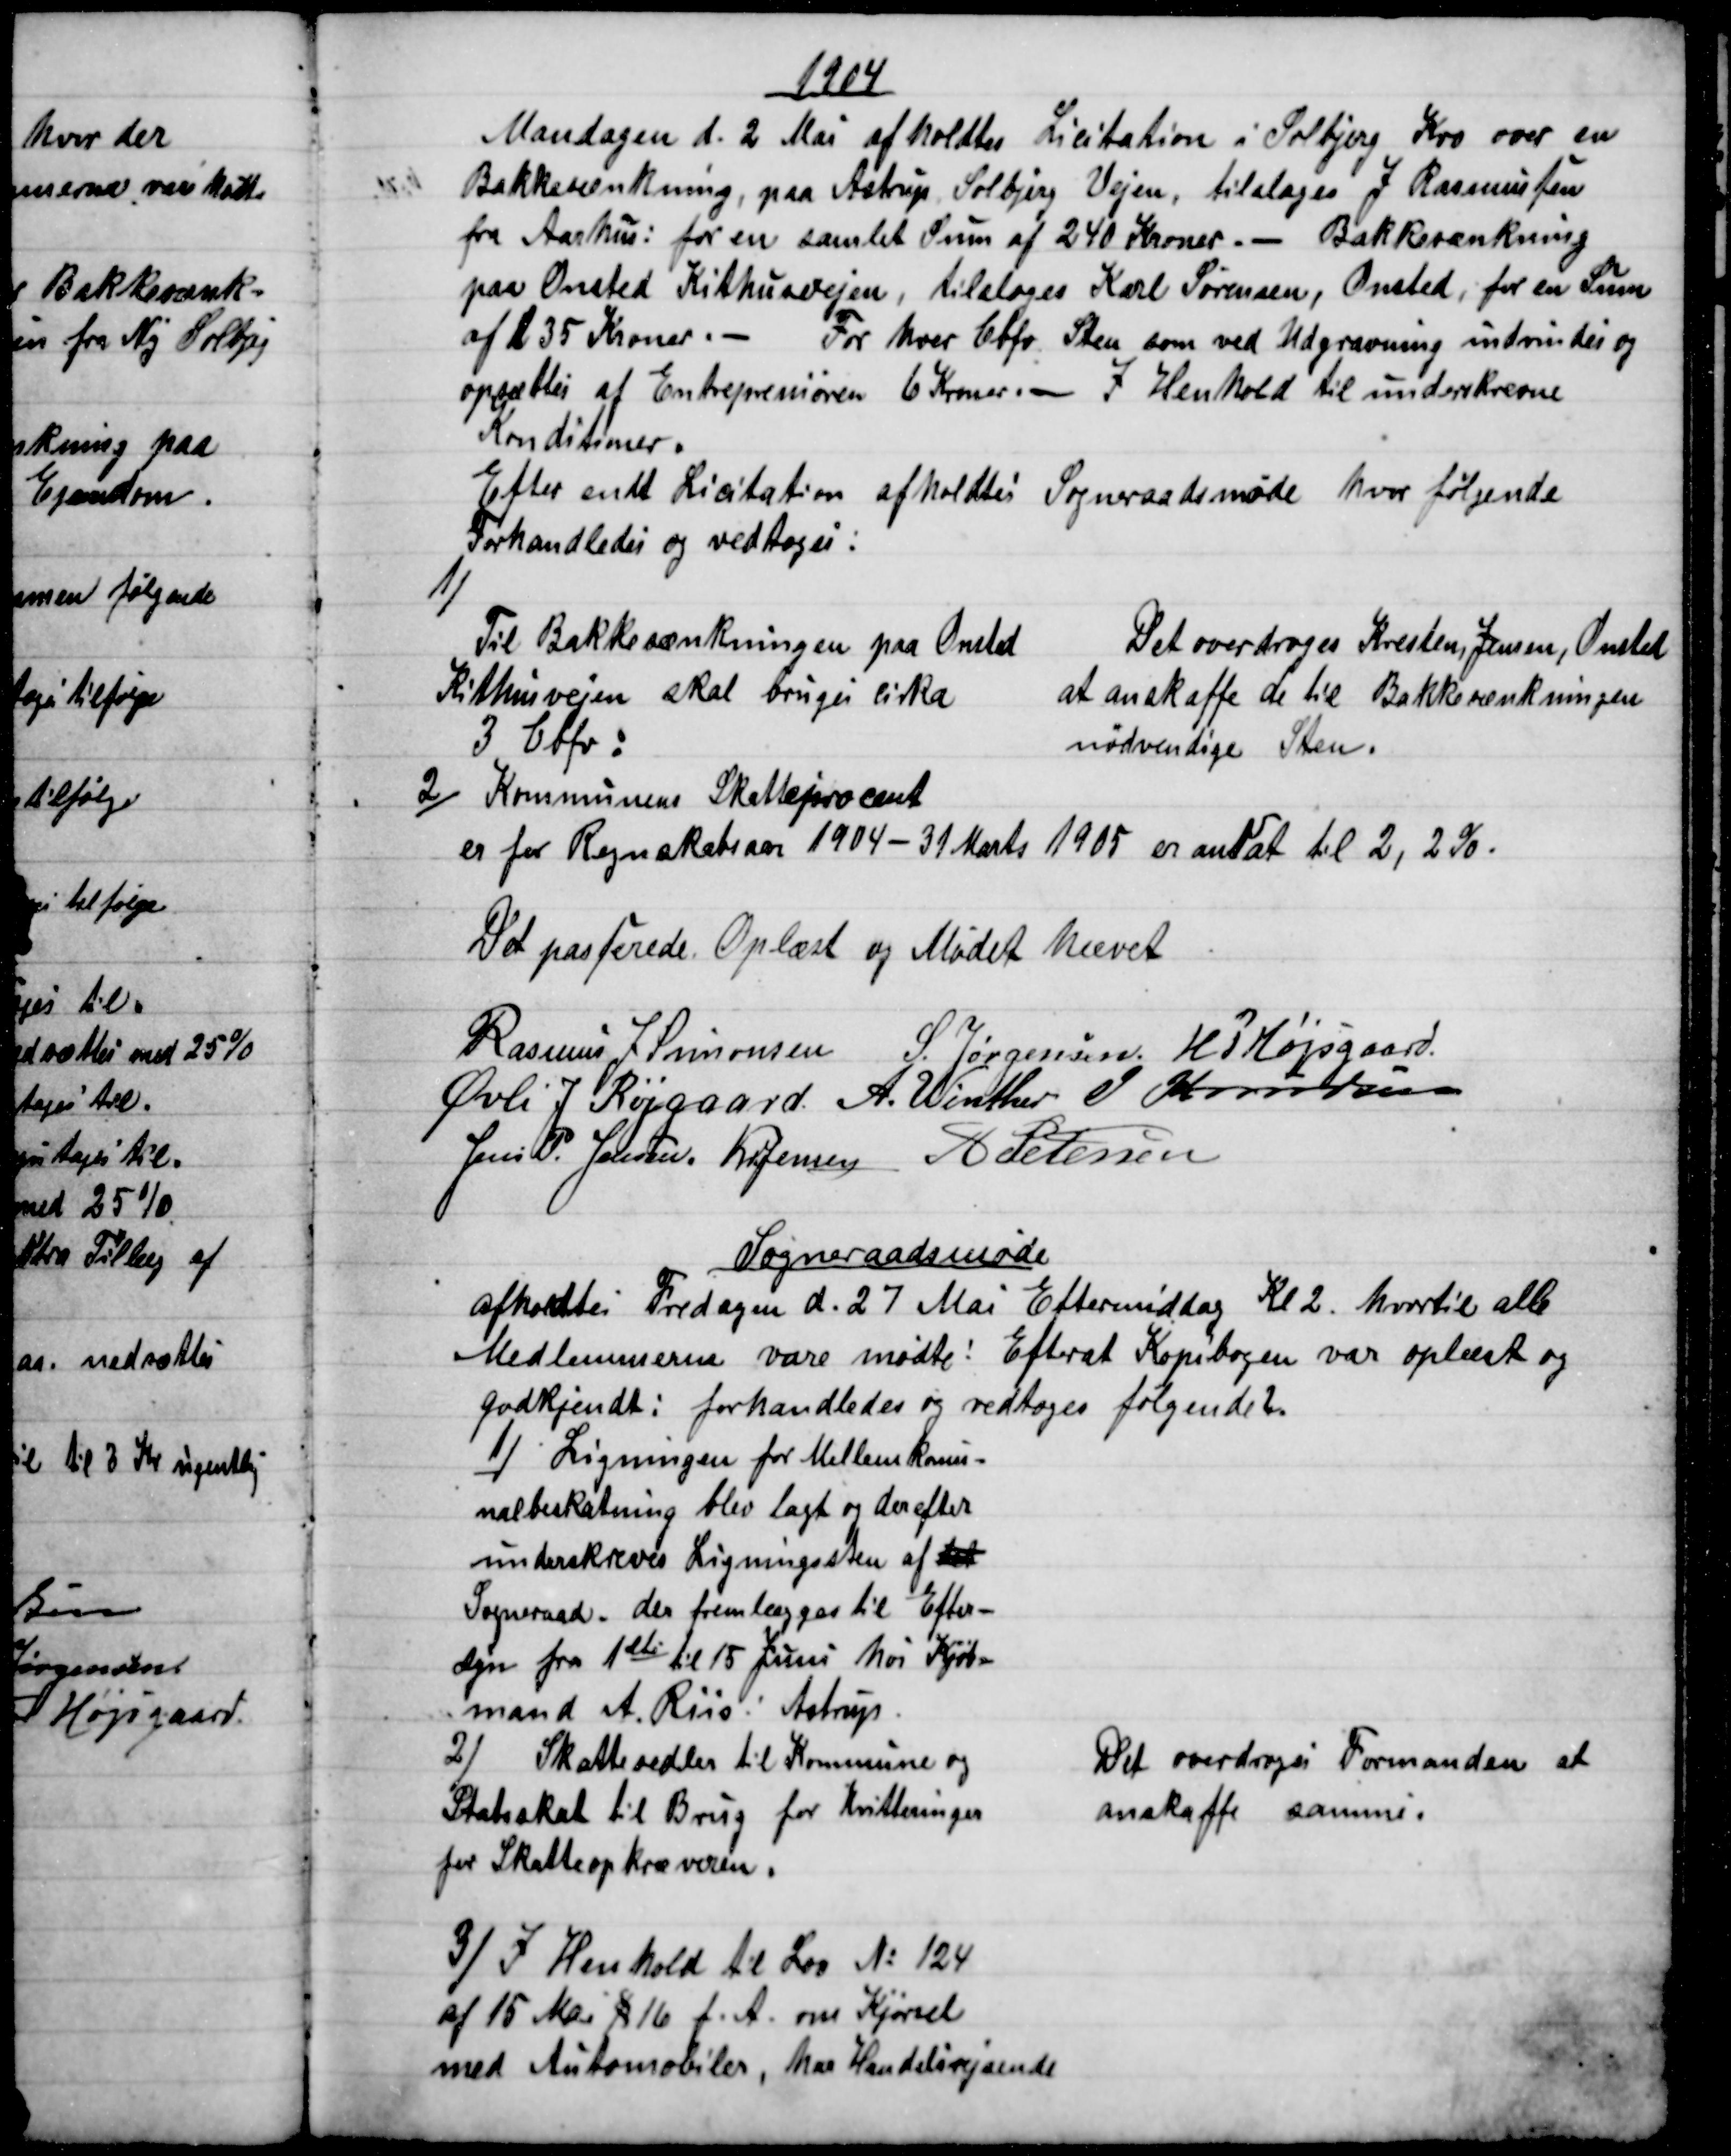
Transskription:
1904
Mandagen d. 2 Maj afholdtes Licitation i Solbjerg Kro over en
Bakkesænkning, paa Astrup Solbjerg Vejen, tilsloges J. Rasmussen
fra Aarhus: for en samlet Sum af 240 Kroner. - Bakkesænkning
paa Onsted Kithusvejen, tilsloges Karl Sørensen, Onsted, for en Sum
af 235 Kroner. 
For hver Cbfv Sten som ved Udgravning indvindes og
opsættes af Entrepreniøren 6 Kroner. - I Henhold til underskrevne
Konditioner.
Efter endt Licitation afholdtes Sogneraadsmøde hvor følgende
Forhandledes og vedtoges:
1)
Til Bakkesænkningen paa Omsted
Kithusvejen skal bruges cirka
3 Cbfv:
Det overdroges Kresten, Jensen, Onsted
at anskaffe de til Bakkesænkningen
nødvendige Sten.
2) 
Kommunens Skatteprocent
er for Regnskabsaar 1904 - 31 Marts 1905 er ansat til 2, 2%.
Det passerede. Oplæst og Mødet hævet
Rasmus J. Simonsen S. Jørgensen H P Højsgaard
Øvli J Røjgaard. A. Winther J Knudsen
Jens P. Jensen. Kr Jensen  A Petersen
Sogneraadsmøde
afholdtes Fredagen d. 27 Maj Eftermiddag Kl. 2 hvortil alle
Medlemmerne vare mødte: Efterat Kopibogen var oplæst og
godkjendt: forhandledes og vedtoges følgende.
1) Ligningen for Mellemkomu-
nalbeskatning blev lagt og derefter
underskreves Ligningesten af det
Sogneraad, der fremlægges til Efter-
syn fra 1ste til 15 Juni hos Kjøb-
mand A. Riis: Astrup.
2)
Skattesedler til Kommune og
Statsskat til Brug for Kvitteringer
for Skatteopkræveren.
Det overdroges Formanden at
anskaffe samme.
3)
I Henhold til Lov № 124
af 15 Mai § 16 f. A. om Kjørsel
med Automobiler, har Handelsrejsende